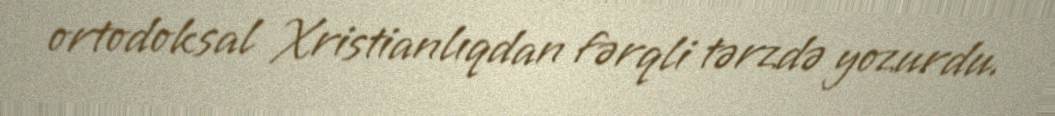
ortodoksal Xristianlıqdan fərqli tərzdə yozurdu.